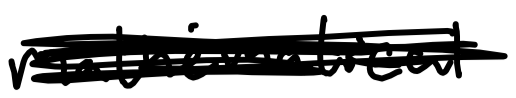
Text: mathematical
Cross-out: scratch
Writing tool: digital_black